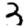
Digit: 3